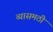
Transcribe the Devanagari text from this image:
व्यासमठी